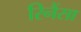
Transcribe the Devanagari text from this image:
रिनैंसा